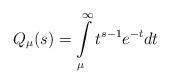
LaTeX: \begin{align*}Q_{\mu}(s)=\intop_{\mu}^{\infty}t^{s-1}e^{-t}dt\end{align*}